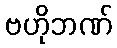
ဗဟိုဘဏ်